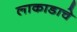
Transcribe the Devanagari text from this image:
लाकाडाचे